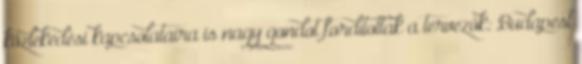
közlekedési kapcsolataira is nagy gondot fordítottak a tervezők: Budapest